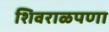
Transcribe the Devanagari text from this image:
शिवराळपणा